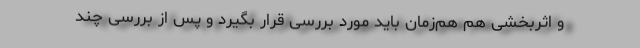
و اثربخشی هم هم‌زمان باید مورد بررسی قرار بگیرد و پس از بررسی چند